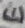
Text: E